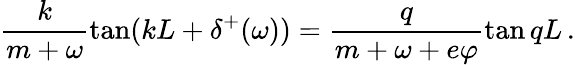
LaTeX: \frac{k}{m+\omega}\tan(kL+\delta^{+}(\omega))=\frac{q}{m+\omega+e\varphi}\tan qL\, .